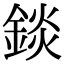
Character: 錟